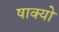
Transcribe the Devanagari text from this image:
षाक्यो